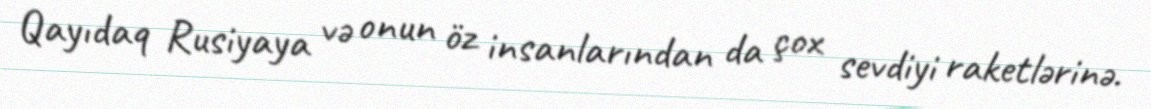
Qayıdaq Rusiyaya və onun öz insanlarından da çox sevdiyi raketlərinə.